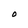
Character: O